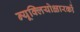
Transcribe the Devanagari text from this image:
न्यूक्लियोक्षारकों